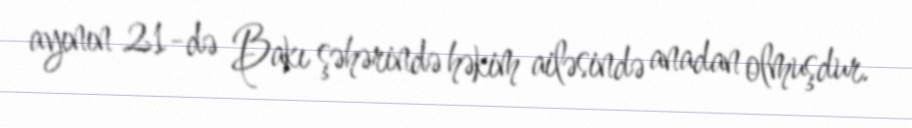
ayının 21-də Bakı şəhərində həkim ailəsində anadan olmuşdur.